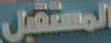
المستقبل